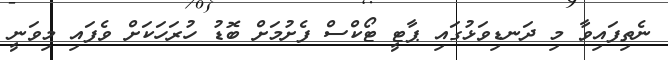
ނެތިފައިވާ މި ދަނޑިވަޅުގައި ޕާޓީ ޓޯކްސް ފެށުމަށް ބޮޑު ހުރަހަކަށް ވެފައި މިވަނީ